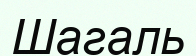
Шагаль